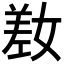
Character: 𫶯